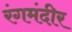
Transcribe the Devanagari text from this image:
रंगमंदीर